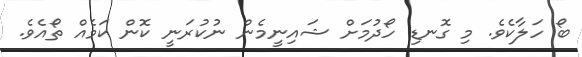
ބޯ ހަލާކެވެ. މި ގޮނޑި ހޯދުމަށް ޝައިނީމެން ނުކުރަނީ ކޮން ކަމެއް ތޯއެވެ.